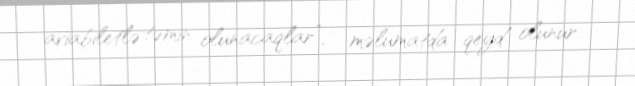
aviabiletlə təmin olunacaqlar”, - məlumatda qeyd olunur.